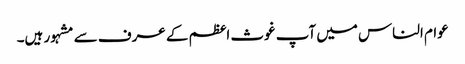
عوام الناس میں آپ غوث اعظم کے عرف سے مشہور ہیں۔